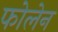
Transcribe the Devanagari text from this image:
फोलेन